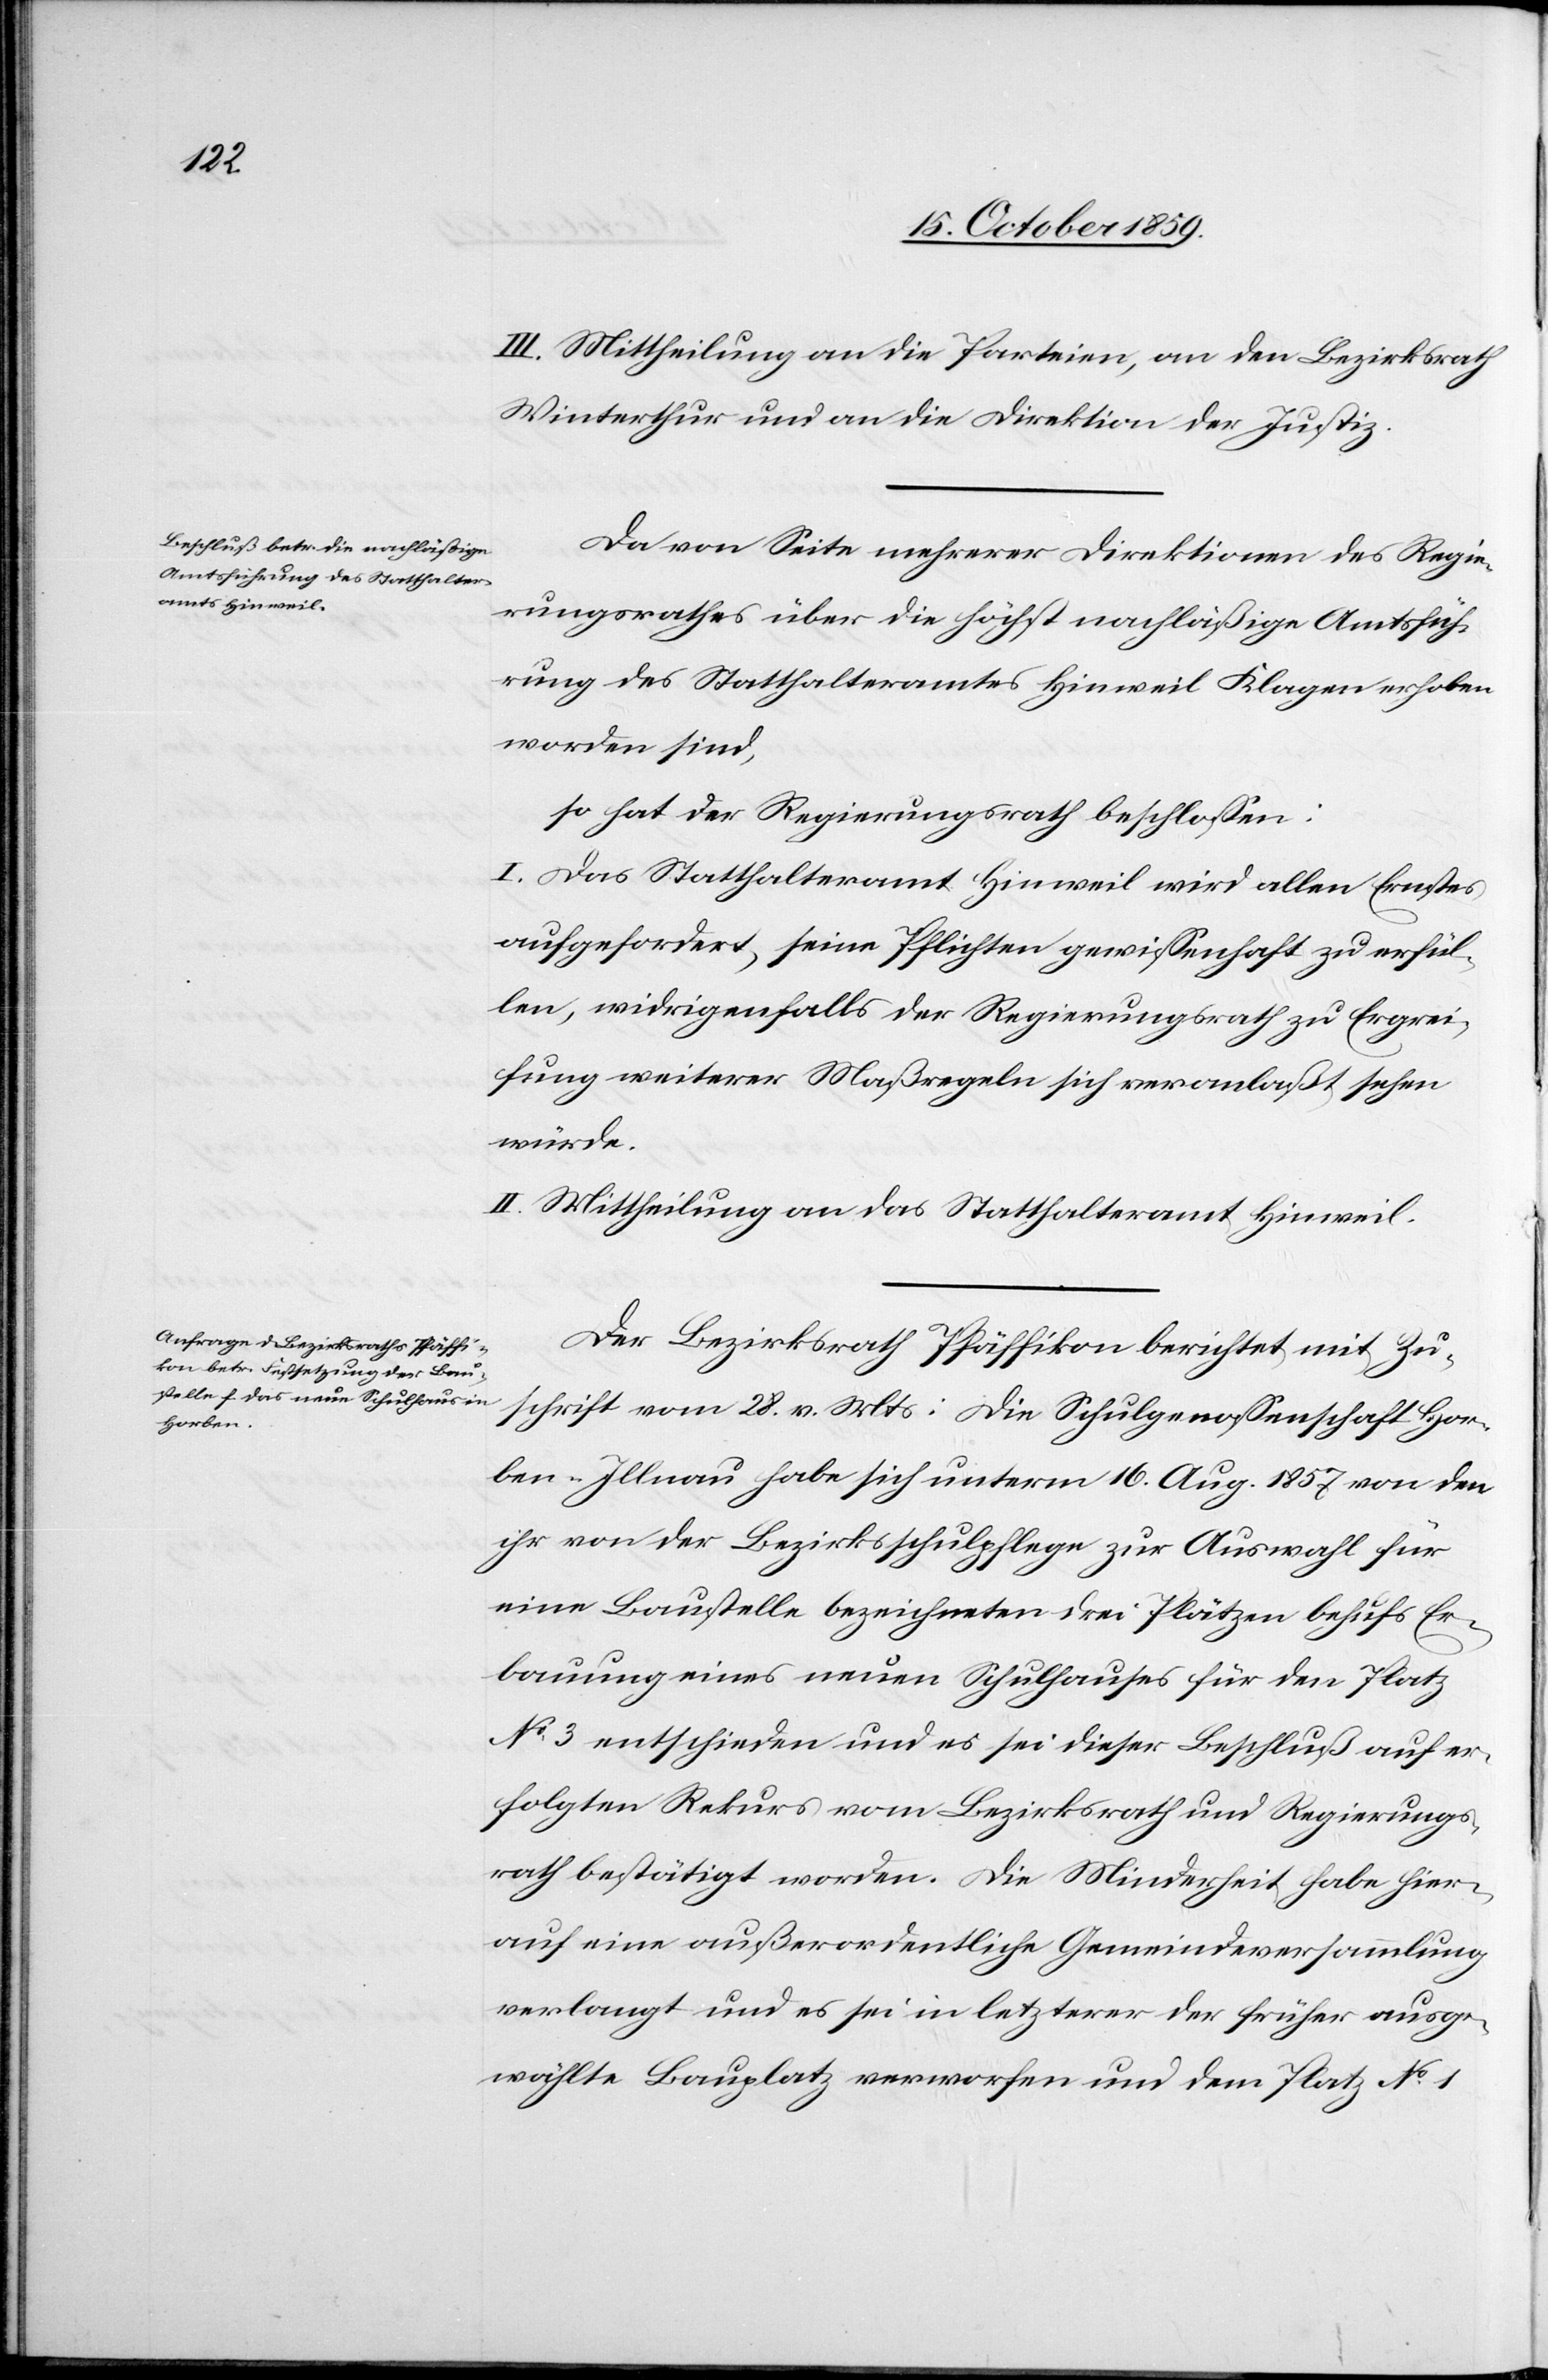
III. Mittheilung an die Parteien, an den Bezirksrath
Winterthur und an die Direktion der Justiz.
Da von Seite mehrerer Direktionen des Regie¬
rungsrathes über die höchst nachläßige Amtsfüh¬
rung des Statthalteramtes Hinweil Klagen erhoben
worden sind,
so hat der Regierungsrath beschlossen:
I. Das Statthalteramt Hinweil wird allen Ernstes
aufgefordert, seine Pflichten gewissenhaft zu erfül¬
len, widrigenfalls der Regierungsrath zu Ergrei¬
fung weiterer Maßregeln sich veranlaßt sehen
würde.
II. Mittheilung an das Statthalteramt Hinweil.
Der Bezirksrath Pfäffikon berichtet mit Zu¬
schrift vom 28. v. Mts: Die Schulgenossenschaft Hor¬
ben-Illnau habe sich unterm 16. Aug. 1857 von den
ihr von der Bezirksschulpflege zur Auswahl für
eine Baustelle bezeichneten drei Plätzen behufs Er¬
bauung eines neuen Schulhauses für den Platz
No. 3 entschieden und es sei dieser Beschluß auf er¬
folgten Rekurs vom Bezirksrath und Regierungs¬
rath bestätigt worden. Die Minderheit habe hier¬
auf eine außerordentliche Gemeindeversammlung
verlangt und es sei in letzterer der früher ausge¬
wählte Bauplatz verworfen und dem Platz No.